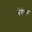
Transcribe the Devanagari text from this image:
भेंगेपन